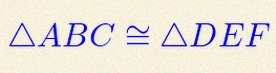
\triangle ABC\cong\triangle DEF